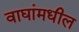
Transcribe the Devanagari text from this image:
वाघांमधील